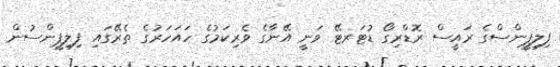
ފިލިޕީންސްގެ ރައީސް ރޮޑްރިގޯ ޑުޓަރޓޭ ވަނީ އޭނާގެ ވެރިކަމުގެ ހައަހަރުގެ ތެރޭގައި ފިލިޕީންސުން